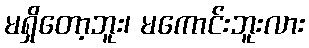
မရှိတော့ဘူး၊ မကောင်းဘူးလား